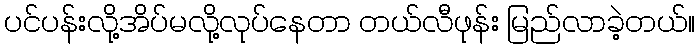
ပင်ပန်းလို့အိပ်မလို့လုပ်နေတာ တယ်လီဖုန်း မြည်လာခဲ့တယ်။